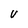
Character: v